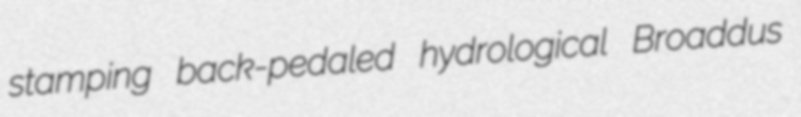
stamping back-pedaled hydrological Broaddus